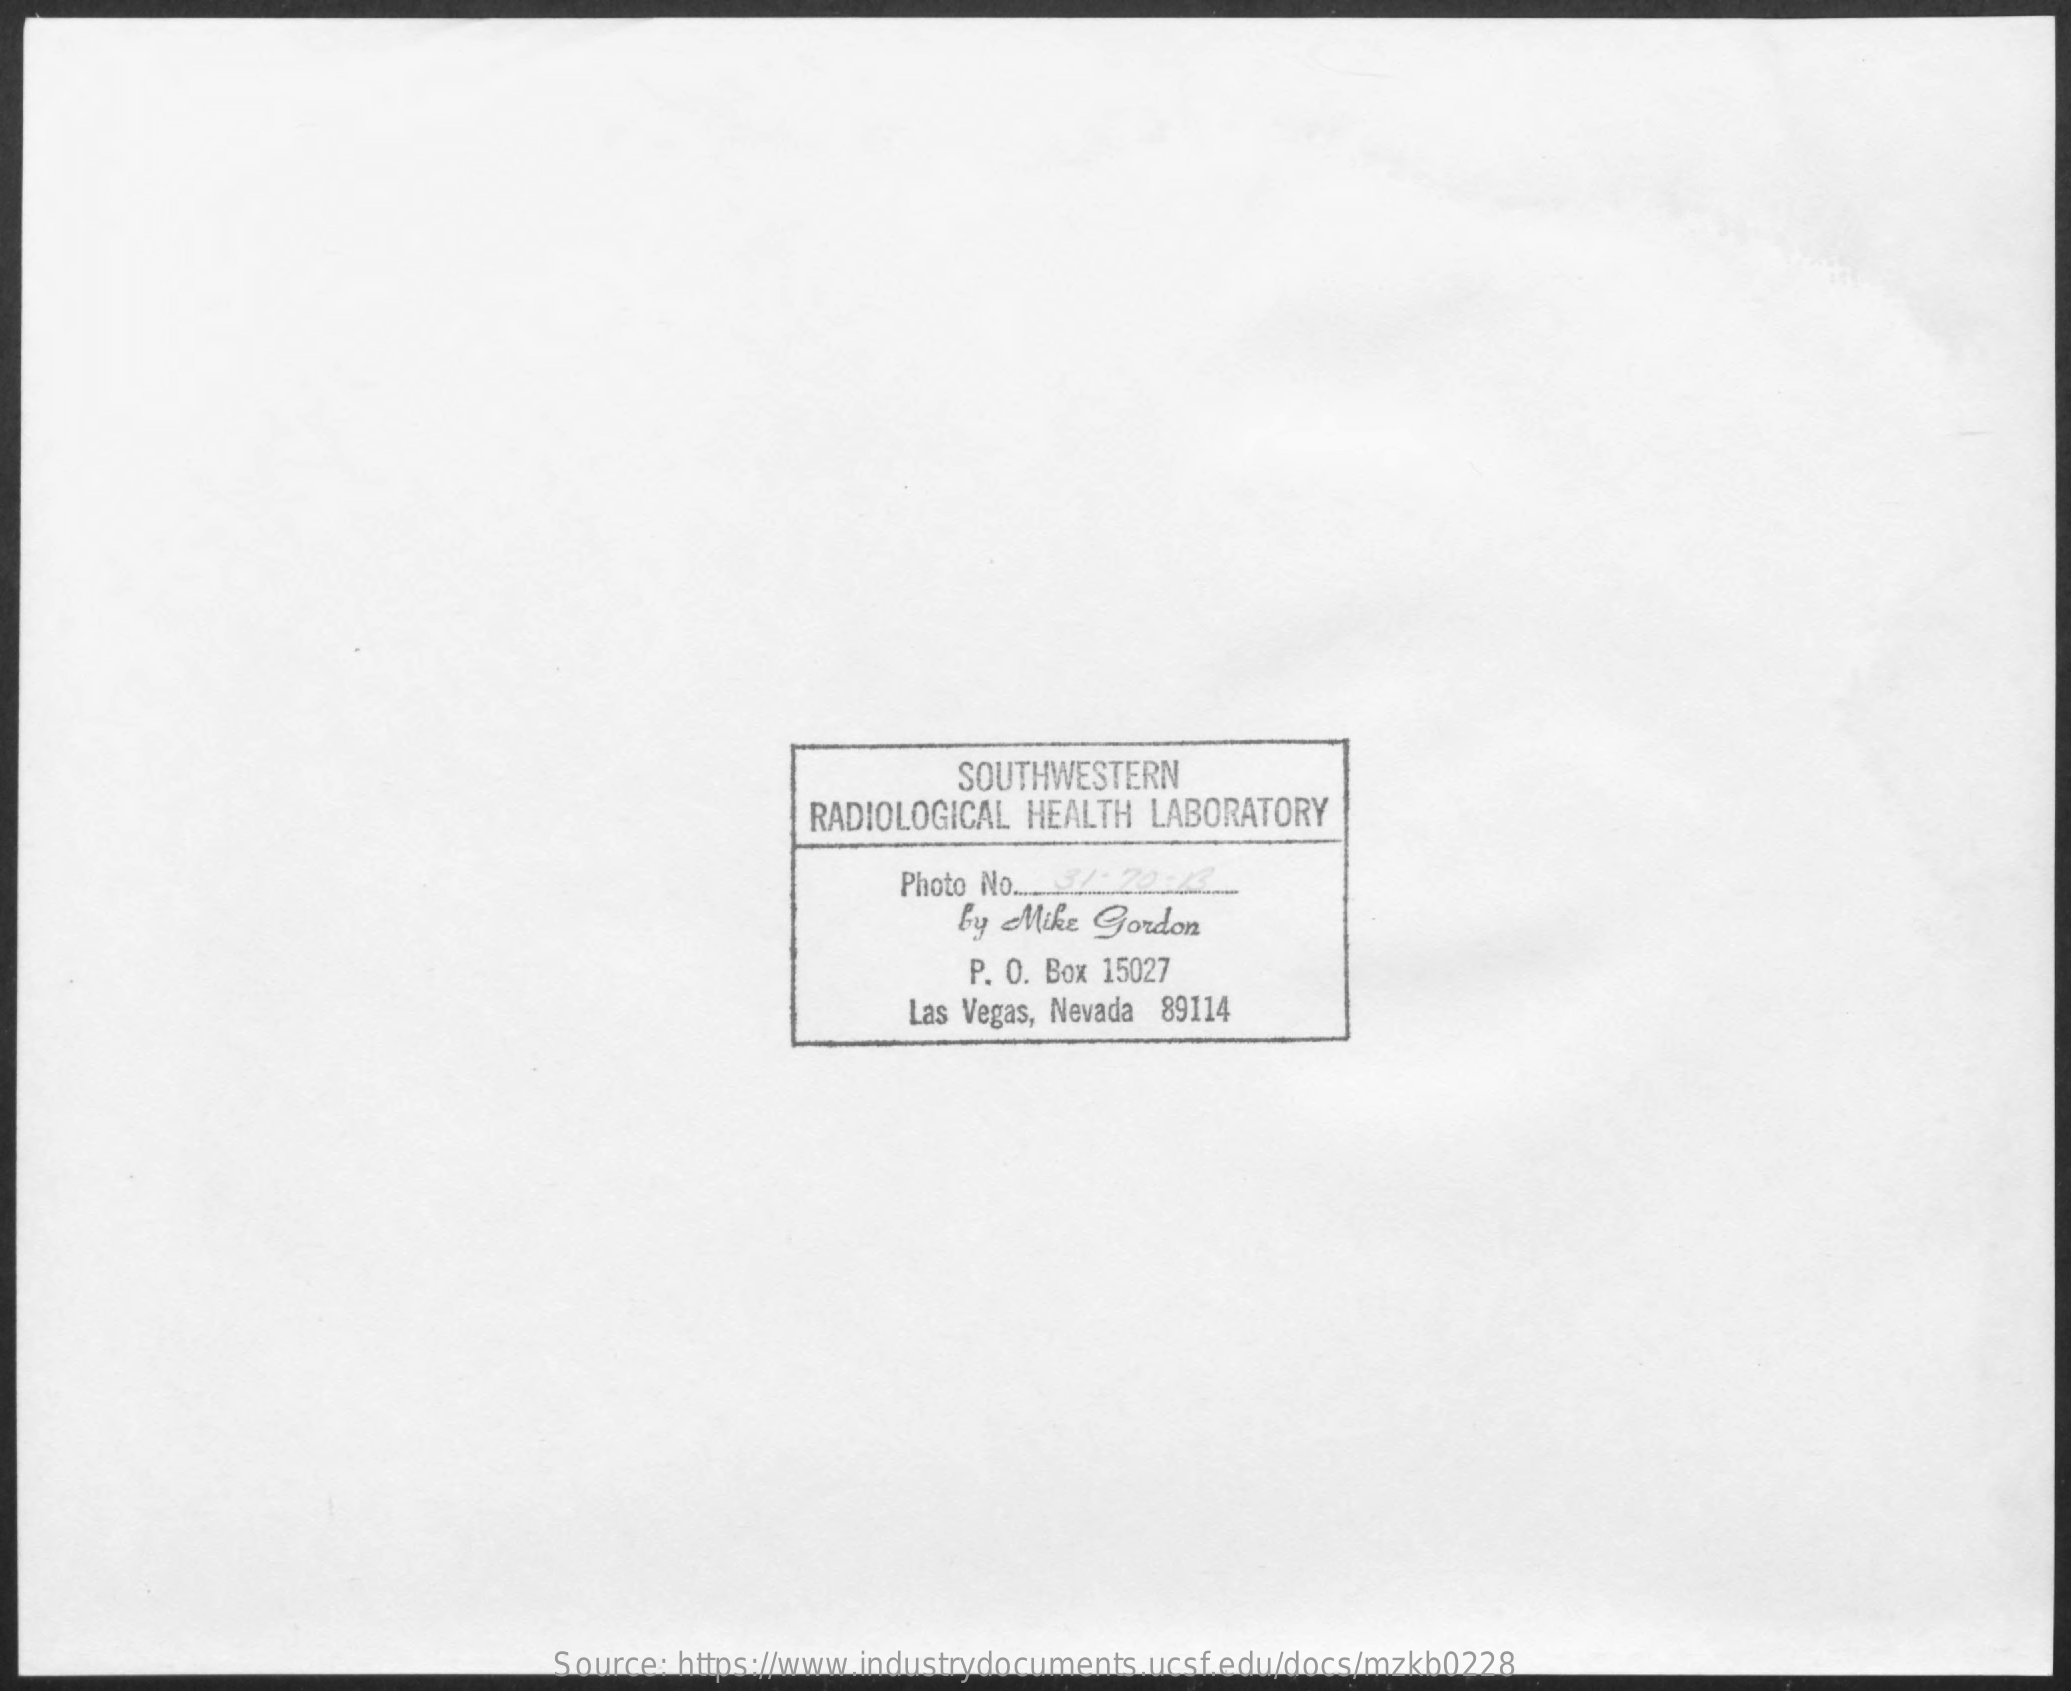
SOUTHWESTERN
     RADIOLOGICAL HEALTH LABORATORY
     Photo No. 31- 20:13
     by  Mike Gordon
     P. O. Box 15027
     Las Vegas, Nevada 89114
     Source: https://www.industrydocuments.ucsf.edu/docs/mzkb0228